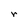
Character: r